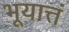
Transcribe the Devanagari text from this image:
भूयात्तं